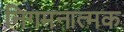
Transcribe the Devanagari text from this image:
निगमनात्‍मक